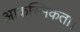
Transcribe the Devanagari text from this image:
आकस्मिकता।